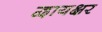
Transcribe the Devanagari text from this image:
द्वायक्षर